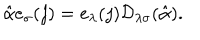
LaTeX: \hat { \alpha } e _ { \sigma } ( j ) = e _ { \lambda } ( j ) { \cal D } _ { \lambda \sigma } ( \hat { \alpha } ) .